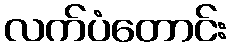
လက်ပံတောင်း